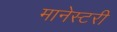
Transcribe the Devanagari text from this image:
मानेस्टरी